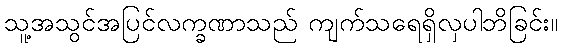
သူ့အသွင်အပြင်လက္ခဏာသည် ကျက်သရေရှိလှပါဘိခြင်း။